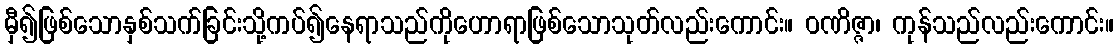
မှီ၍ဖြစ်သောနှစ်သက်ခြင်းသို့ကပ်၍နေရာသည်ကိုဟောရာဖြစ်သောသုတ်လည်းကောင်း။ ဝဏိဇ္ဇာ၊ ကုန်သည်လည်းကောင်း။